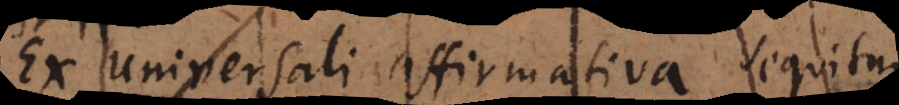
ex universali affirmativa sequi